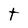
Character: t